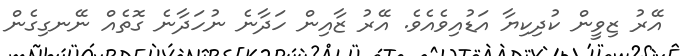
އޭރު ޒިވީން ކުދިކިޔާ އަޑުއިވެއެވެ. އޭރު ޒާއިން ހަދާނެ ނުހަދާނެ ގޮތެއް ނޭނގިގެން